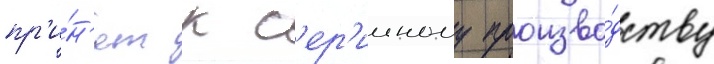
пр'и́н'ят к с'ер'ииному произво́дству